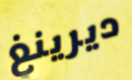
ديرينغ